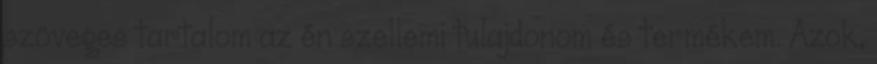
szöveges tartalom az én szellemi tulajdonom és termékem. Azok,